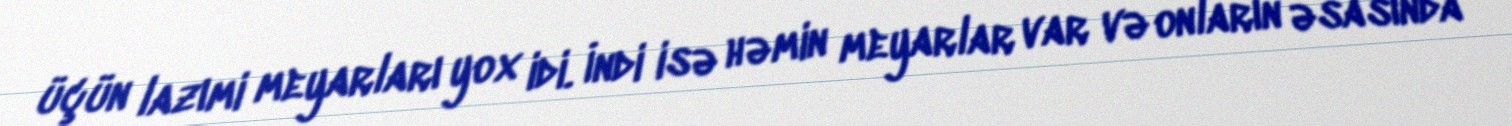
üçün lazımi meyarları yox idi. İndi isə həmin meyarlar var və onların əsasında